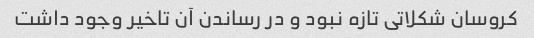
کروسان شکلاتی تازه نبود و در رساندن آن تاخیر وجود داشت